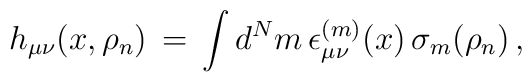
h_{\mu\nu}(x,\rho_n)\, = \,\int d^N m\, \epsilon_{\mu\nu}^{(m)}(x)\, \sigma_m (\rho_n)\,,